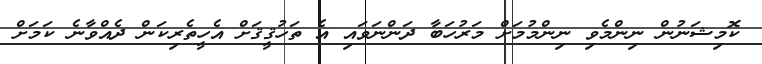
ކޮމިޝަނުން ނިންމެވި ނިންމުމަށް މަރުހަބާ ދަންނަވައި އެ ތަހުޤީޤަށް އެހީތެރިކަން ދެއްވާނެ ކަމަށް